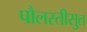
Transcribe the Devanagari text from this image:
पौलस्तीसुत